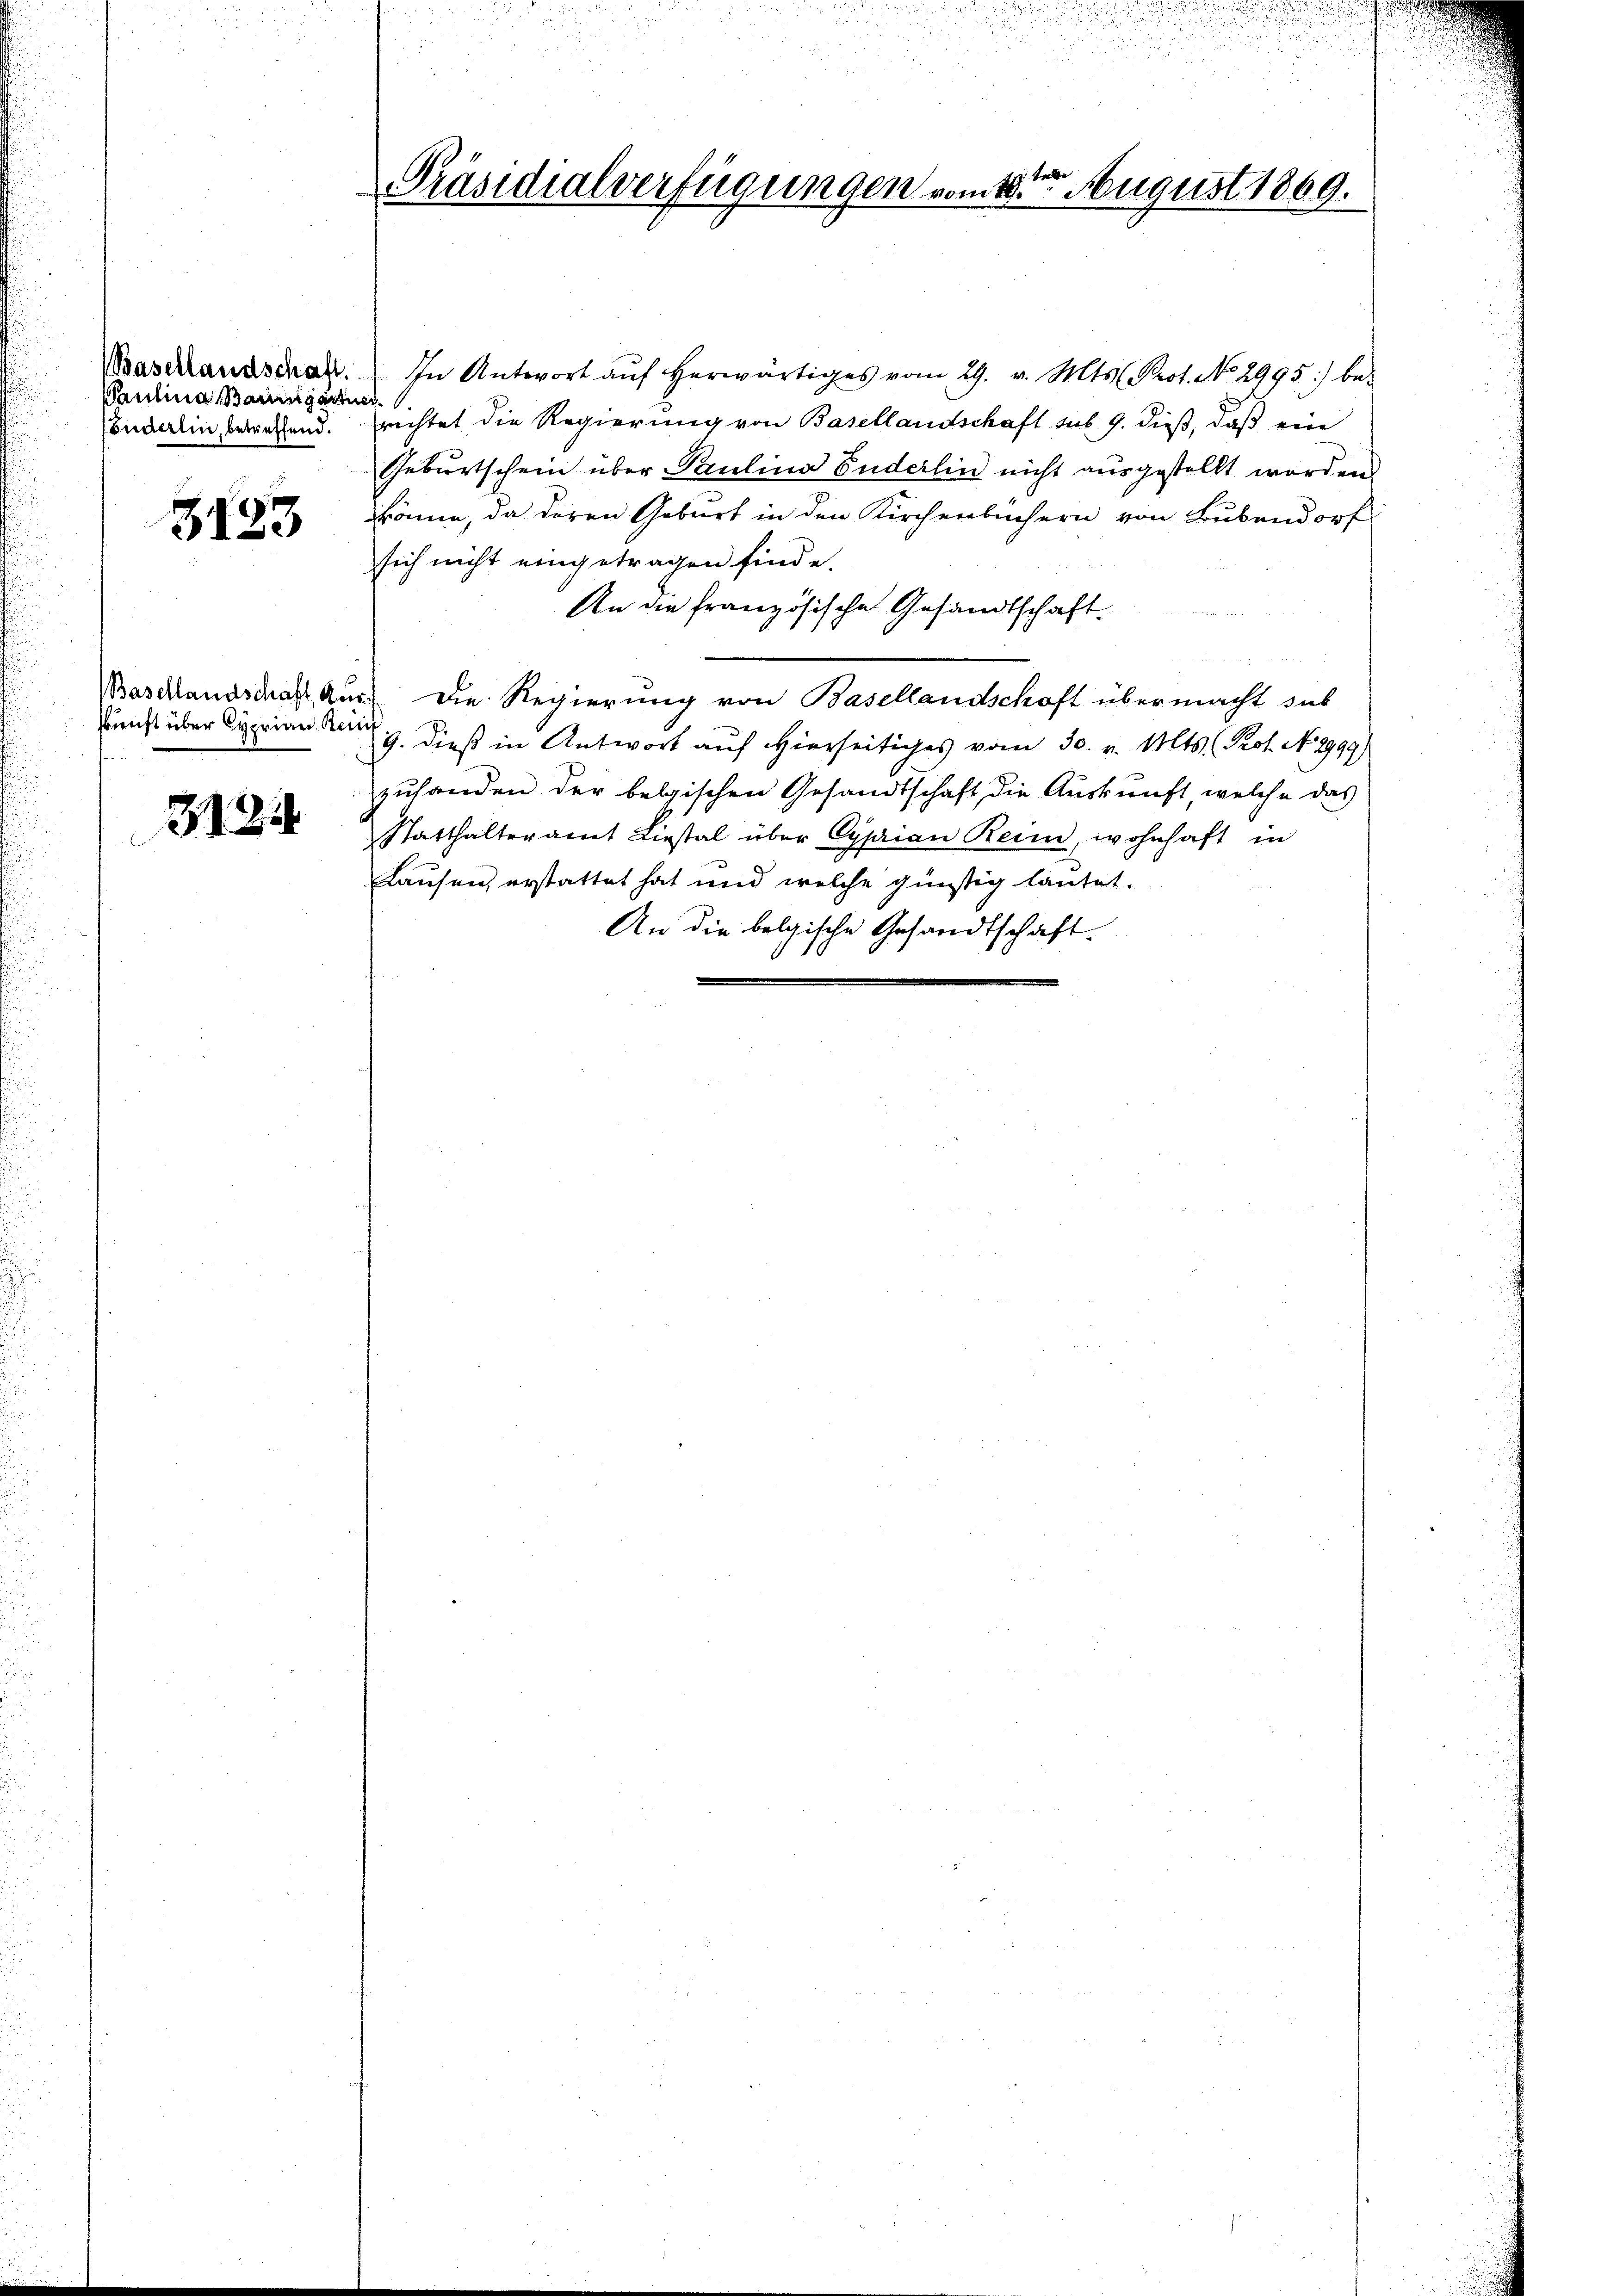
Paulina Baumgartner
Fuderlin, betreffend.

3123

3184

e
Präsidialverfügungen vom 18ten August 1869.

¬

Baschandschaft. In Antwort aŭf herwärtiges vom 29. v. Mts. Prot. No 2995) be-
richtet die Regierung von Basellandschaft sub 9. dieß, daß ein
Geburtschein über Paulina Puderlin nicht ausgestellt worden
könne, da deren Geburt in den Kirchenbüchern von Bubendorf
sich nicht eingetragen finde.
An die französische Gesandtschaft.
Baschlandschaft aus. Die Regierung von Basellandschaft übermacht sub
kunst über Cyprian der dieß in Antwort auf Hierseitiges vom 30. v. Mts. Prot. No 2999)
zuhanden der belgischen Gesandtschaft die Auskunft, welche das
Statthalteramt Liestal über Cyprian Reim, wohnhaft in
Lausen, erstattet hat und welche günstig lautet.
An die belgische Gesandtschaft

i